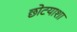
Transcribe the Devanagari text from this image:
छोटयाशा